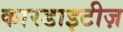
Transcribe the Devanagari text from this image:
कारडाइटीज़